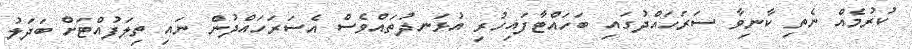
ކުރުމެއް ނެތި ކާނިވާ ސަރަހައްދުގައި ބަހައްޓާފައިހުރި އުޅަނދުތައްވެސް އެސަރަހައްދުން ނައި ތިލަފުއްޓަށް ބަދަލު